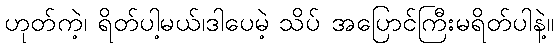
ဟုတ်ကဲ့၊ ရိတ်ပါ့မယ်၊ဒါပေမဲ့ သိပ် အပြောင်ကြီးမရိတ်ပါနဲ့။